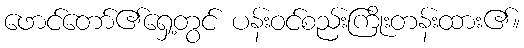
ဖောင်တော်၏ရှေ့တွင် ပန်းဝင်စည်းကြိုးတန်းထား၏။